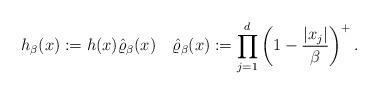
LaTeX: \begin{align*}h_\beta(x) := h(x)\hat\varrho_\beta(x)\quad\hat\varrho_\beta(x):=\prod_{j=1}^d \left(1-\frac{|x_j|}{\beta}\right)^+.\end{align*}